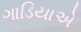
ગાડિયાએ